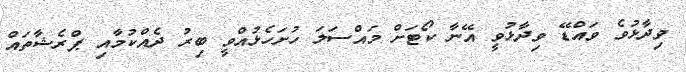
ވިދާޅުވެ ވައްޑޭ ވިދާޅުވީ އޭނާ ކޯޓަށް މައްސަލަ ހުށަހެޅުއްވީ ބިރު ދެއްކުމާއި ޕްރެޝާތައް